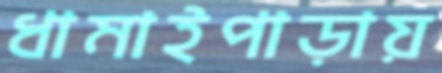
ধামাইপাড়ায়